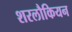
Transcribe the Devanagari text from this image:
शरलौकियन